Insane asylums in Bengal annual reports 1867-1875 - 1867-1875
Year: 1867
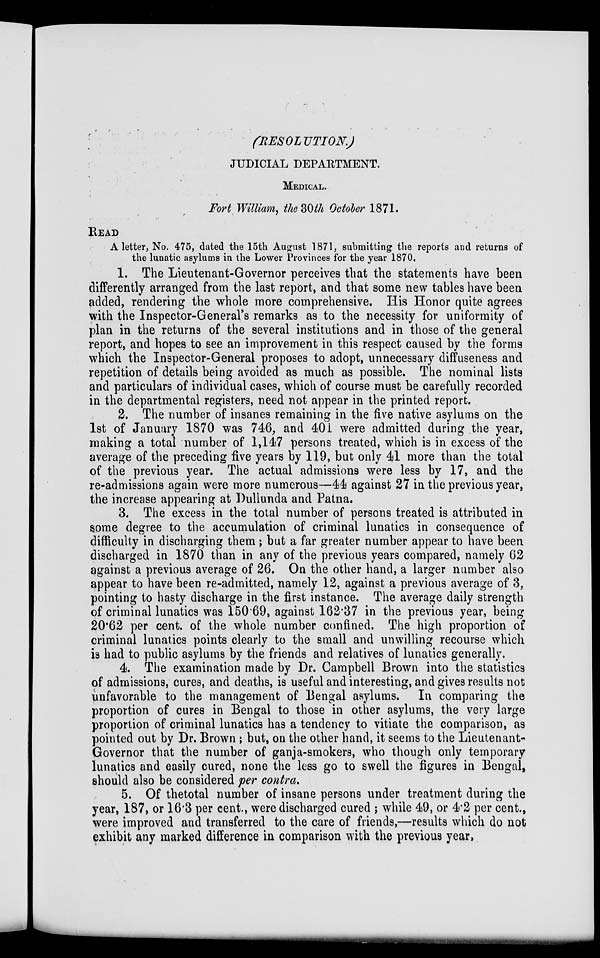
(RESOLUTION.)
JUDICIAL DEPARTMENT.
MEDICAL.
Fort William, the 30th October 1871.
READ
A letter, No. 475, dated the 15th August 1871, submitting the reports and returns of
the lunatic asylums in the Lower Provinces for the year 1870.
1. The Lieutenant-Governor perceives that the statements have been
differently arranged from the last report, and that some new tables have been
added, rendering the whole more comprehensive. His Honor quite agrees
with the Inspector-General's remarks as to the necessity for uniformity of
plan in the returns of the several institutions and in those of the general
report, and hopes to see an improvement in this respect caused by the forms
which the Inspector-General proposes to adopt, unnecessary diffuseness and
repetition of details being avoided as much as possible. The nominal lists
and particulars of individual cases, which of course must be carefully recorded
in the departmental registers, need not appear in the printed report.
2. The number of insanes remaining in the five native asylums on the
1st of January 1870 was 746, and 401 were admitted during the year,
making a total number of 1,147 persons treated, which is in excess of the
average of the preceding five years by 119, but only 41 more than the total
of the previous year. The actual admissions were less by 17, and the
re-admissions again were more numerous—44 against 27 in the previous year,
the increase appearing at Dullunda and Patna.
3. The excess in the total number of persons treated is attributed in
some degree to the accumulation of criminal lunatics in consequence of
difficulty in discharging them; but a far greater number appear to have been
discharged in 1870 than in any of the previous years compared, namely 62
against a previous average of 26. On the other hand, a larger number also
appear to have been re-admitted, namely 12, against a previous average of 3,
pointing to hasty discharge in the first instance. The average daily strength
of criminal lunatics was 150.69, against 162.37 in the previous year, being
20.62 per cent. of the whole number confined. The high proportion of
criminal lunatics points clearly to the small and unwilling recourse which
is had to public asylums by the friends and relatives of lunatics generally.
4. The examination made by Dr. Campbell Brown into the statistics
of admissions, cures, and deaths, is useful and interesting, and gives results not
unfavorable to the management of Bengal asylums. In comparing the
proportion of cures in Bengal to those in other asylums, the very large
proportion of criminal lunatics has a tendency to vitiate the comparison, as
pointed out by Dr. Brown; but, on the other hand, it seems to the Lieutenant-
Governor that the number of ganja-smokers, who though only temporary
lunatics and easily cured, none the less go to swell the figures in Bengal,
should also be considered per contra.
5. Of thetotal number of insane persons under treatment during the
year, 187, or 16.3 per cent., were discharged cured ; while 49, or 4.2 per cent.,
were improved and transferred to the care of friends,—results which do not
exhibit any marked difference in comparison with the previous year,